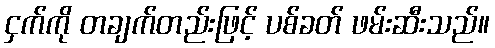
ငှက်ကို တချက်တည်းဖြင့် ပစ်ခတ် ဖမ်းဆီးသည်။